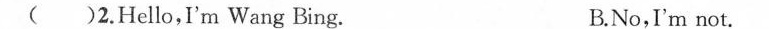
( )2.Hello,I'm Wang Bing. B.No,I'm not.